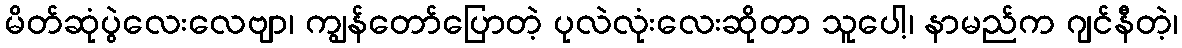
မိတ်ဆုံပွဲလေးလေဗျာ၊ ကျွန်တော်ပြောတဲ့ ပုလဲလုံးလေးဆိုတာ သူပေါ့၊ နာမည်က ဂျင်နီတဲ့၊